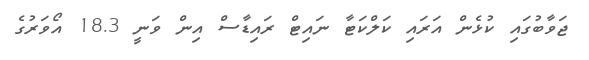
ޖަވާބުގައި ކުޅެން އަރައި ކަލްކަޓާ ނައިޓް ރައިޑާސް އިން ވަނީ 18.3 އޯވަރުގެ